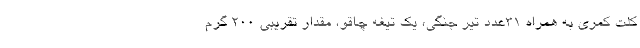
کلت کمری به همراه ۳۱عدد تیر جنگی، یک تیغه چاقو، مقدار تقریبی ۲۰۰ گرم